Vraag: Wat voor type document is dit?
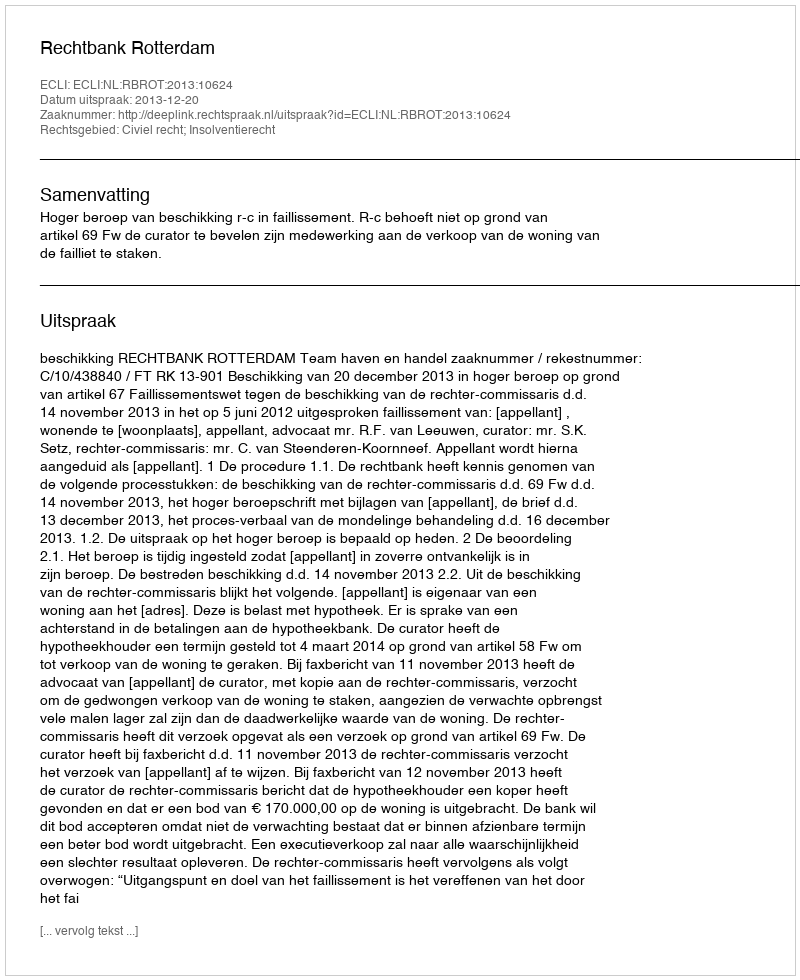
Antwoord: Uitspraak